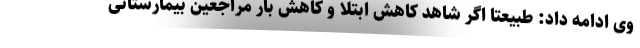
وی ادامه داد: طبیعتا اگر شاهد کاهش ابتلا و کاهش بار مراجعین بیمارستانی